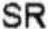
SR